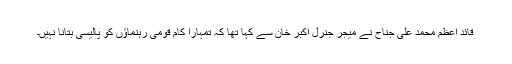
قائد اعظم محمد علی جناح نے میجر جنرل اکبر خان سے کہا تھا کہ تمہارا کام قومی رہنماؤں کو پالیسی بتانا نہیں۔